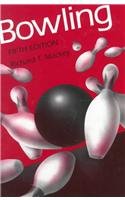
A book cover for Bowling; Richard T Mackey; Sports & Outdoors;